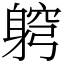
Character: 䠻